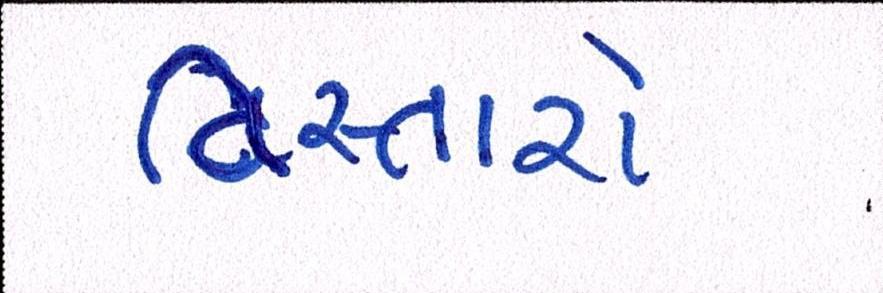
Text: વિસ્તારો